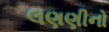
લણણીનો